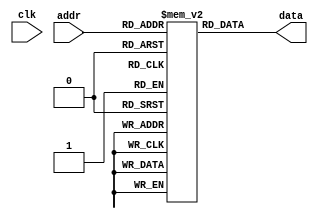
module instrMemory (
	input clk,
	input  [ 5:0] addr,
	output [31:0] data
);

	reg [31:0] data;
	reg [31:0] memory [63:0];

	initial begin
		
			//jumps to bubbel sort execution, skipping the test instructions
			memory[0] = 32'b000111_000000_000000_000000_00001001; //j #04
		
			//test instructions: to check each instruction used in bubble sort
			memory[1] = 32'b000001_00000_00010_0000000000000101; //addi $2, $0, 5
			memory[2] = 32'b000001_00000_00011_0000000000000101; //addi $3, $0, 3
			memory[3] = 32'b000000_00010_00011_00100_00000_000000; //add $4, $2, $3
			memory[4] = 32'b000010_00100_00101_0000000000000010; //sll $5, $4, 2
			memory[5] = 32'b000011_00100_00101_00110_00000_000000; //slt $6, $5, $4
			memory[6] = 32'b000100_00000_00101_0000000000000000; //sw $5, (0)$zero
			memory[7] = 32'b000101_00000_00110_0000000000000000; //lw $6, (0)$zero
			memory[8] = 32'b000110_00010_00011_0000000000000001; //beq $2, $3, #04

			//bubble sort machine code
			memory[9] = 32'b000001_00000_00001_0000000000000000; //li $s0, 0
			memory[10] = 32'b000101_00000_00111_0000000000000001; //lw $s6, N-1;
			memory[11] = 32'b000101_00000_01110_0000000000000000; //lw $t4, N;
			memory[12]= 32'b000001_00000_01101_0000000000000000; //li $t3, 0;
			memory[13] = 32'b000001_00000_00010_0000000000000000; //li $s1, 0;
			memory[14] = 32'b000001_00000_01000_0000000000000010; //la $s7, numbers;
			memory[15] = 32'b000001_00010_10001_0000000000000000; //sll $t7, $s1, 0;
			memory[16] = 32'b000000_10001_01000_10001_00000_000000; //add $t7, $s7, $t7 
			memory[17] = 32'b000101_10001_01010_0000000000000000; //lw $t0, 0($t7)  
			memory[18] = 32'b000101_10001_01011_0000000000000001; //lw $t1, 4($t7)
			memory[19] = 32'b000011_01010_01011_01100_00000_000000; //slt $t2, $t0, $t1	
			memory[20] = 32'b000110_00000_01100_0000000000000001; //beq $t2, $zero, swap
			memory[21] = 32'b000111_000000_000000_000000_00011000; //j increment
			memory[22] = 32'b000100_10001_01011_0000000000000000; //sw $t1, 0($t7) 
			memory[23] = 32'b000100_10001_01010_0000000000000001; //sw $t0, 4($t7)
			memory[24] = 32'b000001_00010_00010_0000000000000001; //	addi $s1, $s1, 1				
			memory[25] = 32'b000000_00010_00001_00110_00000_000000; //add $s5, $s1, $s0 	
			memory[26] = 32'b000110_00111_00110_0000000000000001; //beq $s6, $s5, continue
			memory[27] = 32'b000111_000000_000000_000000_00001111; //j loop
			memory[28] = 32'b000001_00001_00001_0000000000000001; //addi $s0, $s0, 1
			memory[29] = 32'b000001_00000_00010_0000000000000000; //li $s1, 0
			memory[30] = 32'b000110_00001_00111_0000000000000001; //beq $s0, $s6, continue
			memory[31] = 32'b000111_000000_000000_000000_00001111; //j loop

			// memory[32] = 32'b000101_00000_01010_0000000000000000;
			// memory[33] = 32'b000101_00000_01010_0000000000000001;
			
			//data memory is now filled with the sorted array
			memory[32] = 32'b000101_00000_01010_0000000000000010;
			memory[33] = 32'b000101_00000_01010_0000000000000011;
			memory[34] = 32'b000101_00000_01010_0000000000000100;
			memory[35] = 32'b000101_00000_01010_0000000000000101;
			memory[36] = 32'b000101_00000_01010_0000000000000110;
			memory[37] = 32'b000101_00000_01010_0000000000000111;
			memory[38] = 32'b000101_00000_01010_0000000000001000;
			memory[39] = 32'b000101_00000_01010_0000000000001001;
			memory[40] = 32'b000101_00000_01010_0000000000001010;

			memory[41] = 32'h00000000;
			memory[42] = 32'h00000000;
			memory[43] = 32'h00000000;
			memory[44] = 32'h00000000;
			memory[45] = 32'h00000000;
			memory[46] = 32'h00000000;
			memory[47] = 32'h00000000;
			memory[48] = 32'h00000000;
			memory[49] = 32'h00000000;
			memory[50] = 32'h00000000;
			memory[51] = 32'h00000000;
			memory[52] = 32'h00000000;
			memory[53] = 32'h00000000;
			memory[54] = 32'h00000000;
			memory[55] = 32'h00000000;
			memory[56] = 32'h00000000;
			memory[57] = 32'h00000000;
			memory[58] = 32'h00000000;
			memory[59] = 32'h00000000;
			memory[60] = 32'h00000000;
			memory[61] = 32'h00000000;
			memory[62] = 32'h00000000;
			memory[63] = 32'h00000000;
	end

	always @(*) begin
		data = memory[addr];
	end

endmodule